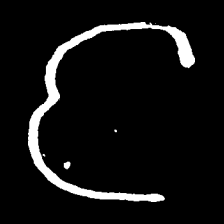
Pyu character \u2014 Myanmar letter: င (romanized: nga)